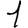
Digit: 1